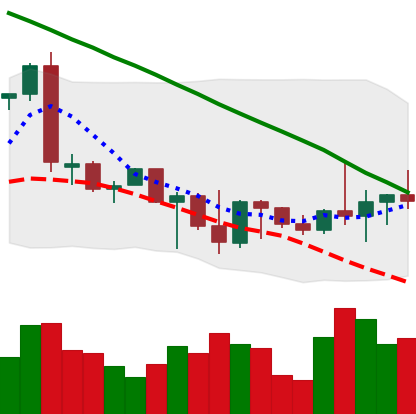
Ticker: BTC-USD
Chart end date: 2022-09-30
Forward return: 3.751%
Label: up_3_5